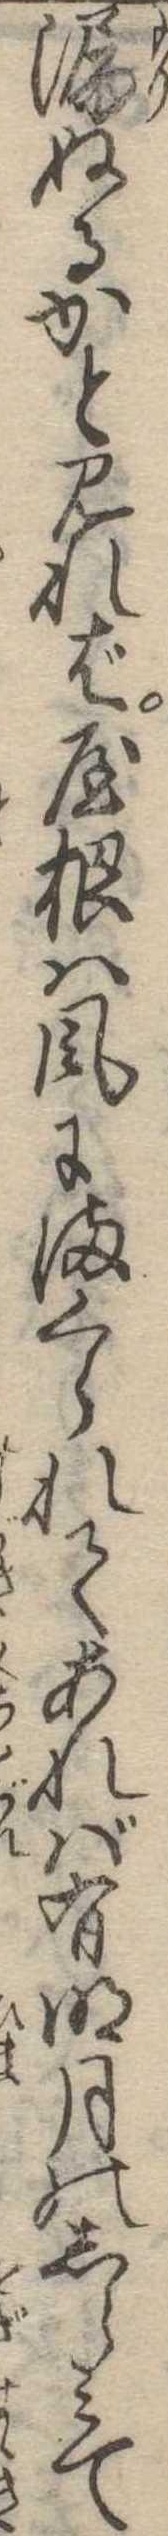
漏ぬるかと見れば屋根は風にまくられてあれば有明月のしらみて